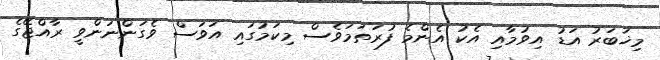
މިޚަބަރު އަޑު އިވުމާއި އެކު އެންމެ ފުރަތަމަވެސް މިކަމުގައި އަވަސް ވެގަންނަންވީ ރާއްޖޭގެ